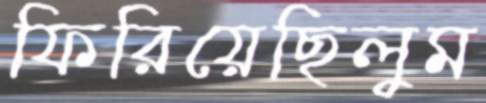
ফিরিয়েছিলুম